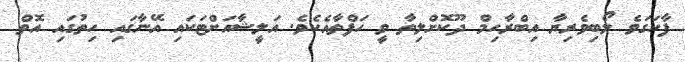
ފާހަގަވެ ލޯބިވެރިޔާ އިބްރާހިމް ދޫކޮށްލިތާ ވީ ހަފްތާއެކެވެ. އަލީޝާއަށްޓަކައި އޭނާގައި ހިތުގައި އޮތް